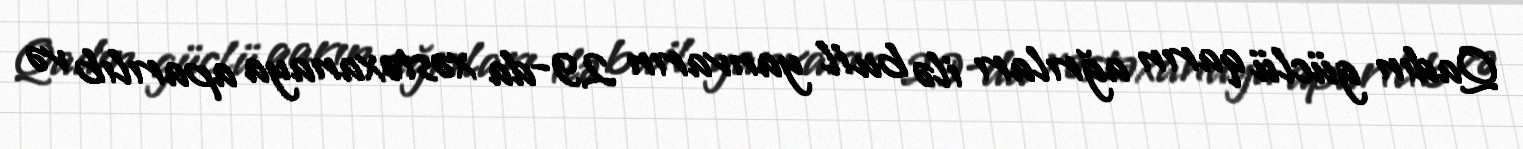
Qadın güclü qarın ağrıları ilə bu il yanvarın 29-da xəstəxanaya aparılıb və